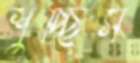
শুচ্ছিস